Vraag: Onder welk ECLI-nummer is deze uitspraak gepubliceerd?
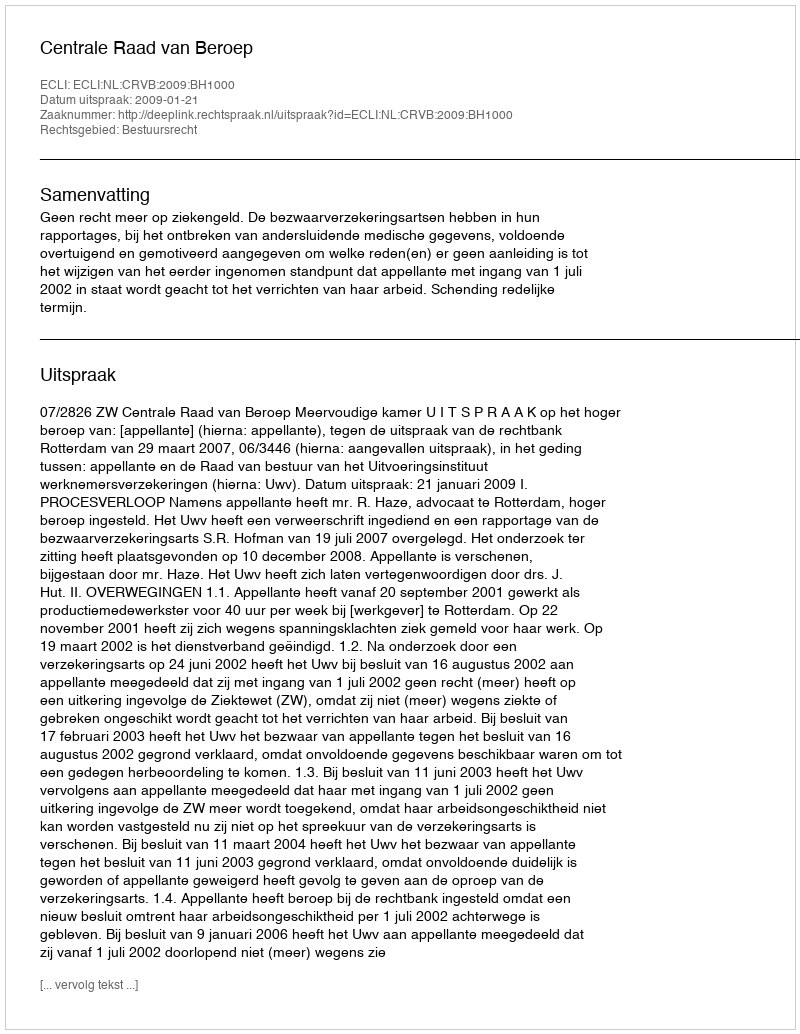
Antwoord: ECLI:NL:CRVB:2009:BH1000